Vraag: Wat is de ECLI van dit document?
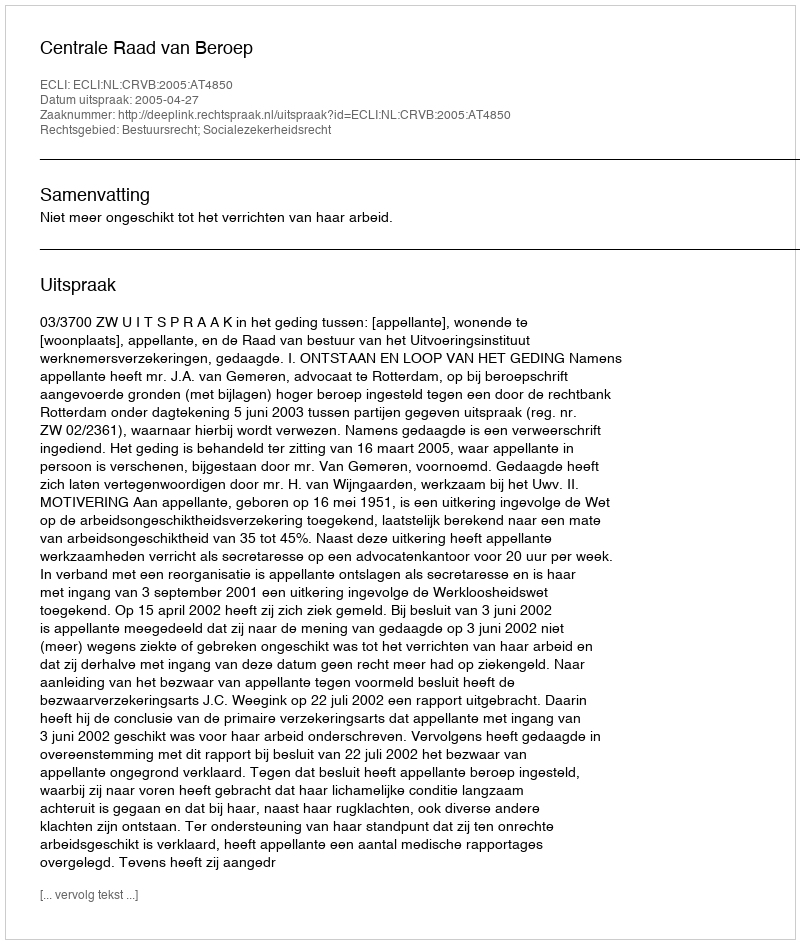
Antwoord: ECLI:NL:CRVB:2005:AT4850